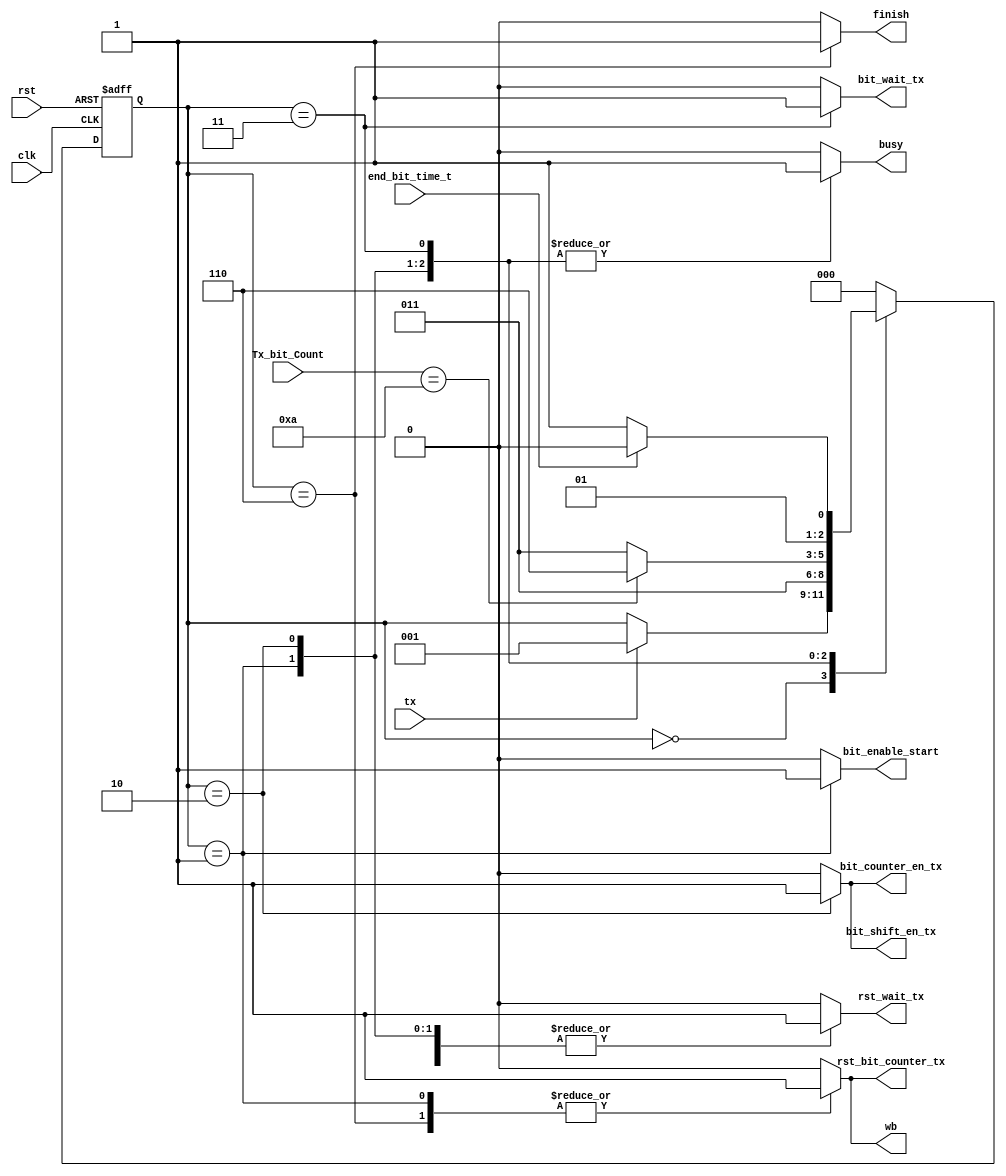
`timescale 1ns / 1ps
//////////////////////////////////////////////////////////////////////////////////
// Company: ITESO
// Finite State Machine to control a RS232 transmiter
////////////////////////////////////////////////////////////////////////////////////
module FSM_UART_tx(
    input tx,
    input clk,
    input rst,
    input end_bit_time_t, //Bit rate flag
    input [3:0] Tx_bit_Count, //Count to 9 for 8bits data and 1 parity bit
	 output reg bit_counter_en_tx, //enable for counter
	 output reg bit_enable_start, //enable to load data to register
	 output reg bit_shift_en_tx, //
	 output reg bit_wait_tx, //enable to bit rate.
    output reg rst_wait_tx, //rst for bit rate (idle TX line)
    output reg rst_bit_counter_tx, //rst for counter bits.
	 output reg wb,
	 output reg finish,
	 output reg busy
    );

//localparam to define every state 	in gray code 
localparam INI_T		= 3'b000;
localparam START_T		= 3'b001;
localparam WAIT_TX	= 3'b011;
localparam TX_BITS_T	= 3'b010;
localparam STOP_T			= 3'b110;


reg [2:0] Tx_state;

//procedural blocks to define the road for every state, TX_state is updated once the state is present.

always @(posedge rst, posedge clk)
	begin
		if (rst) 
			Tx_state<= INI_T;
		else 
		case (Tx_state)
				INI_T: 		if (tx)
								Tx_state <= START_T;
				START_T:		Tx_state <= WAIT_TX;
				TX_BITS_T:	if (Tx_bit_Count == 4'b1010)
								Tx_state <= STOP_T;
							else
								Tx_state <= WAIT_TX;
				WAIT_TX:	if (end_bit_time_t)	
								Tx_state <= TX_BITS_T;
							else
								Tx_state <= WAIT_TX;
				STOP_T:		Tx_state <= INI_T;
				default:		Tx_state <= INI_T;
		endcase
	end
// OUTPUT DEFINITION
//procedural blocks to define which variables are changing according with the present state, TX_state define that chenge.
always @(Tx_state)
	begin
				case(Tx_state)
				INI_T: 	
					begin
						bit_counter_en_tx = 1'b0;
						bit_enable_start = 1'b0;
						bit_shift_en_tx = 1'b0;
						bit_wait_tx = 1'b0;
						rst_wait_tx = 1'b0;
						rst_bit_counter_tx = 1'b0;
						wb = 1'b0;
		            busy = 1'b0;				
						finish = 1'b0;
					end
				START_T: 	
					begin
						bit_counter_en_tx = 1'b0;
						bit_enable_start = 1'b1;
						bit_shift_en_tx = 1'b0;
						bit_wait_tx = 1'b0;
						rst_wait_tx = 1'b1;
						rst_bit_counter_tx = 1'b1;	
						wb = 1'b1;	
		            busy = 1'b1;					
						finish = 1'b0;
					end
				TX_BITS_T: 	
					begin
						bit_counter_en_tx = 1'b1;
						bit_enable_start = 1'b0;
						bit_shift_en_tx = 1'b1;
						bit_wait_tx = 1'b0;
						rst_wait_tx = 1'b1;
						rst_bit_counter_tx = 1'b0;
						wb = 1'b0;		
		            busy = 1'b1;			
						finish = 1'b0;				
					end
				WAIT_TX:
					begin
						bit_counter_en_tx = 1'b0;
						bit_enable_start = 1'b0;
						bit_shift_en_tx = 1'b0;
						bit_wait_tx = 1'b1;
						rst_wait_tx = 1'b0;
						rst_bit_counter_tx = 1'b0;
						wb = 1'b0;		
		            busy = 1'b1;				
						finish = 1'b0;			
					end
				STOP_T: 	
					begin
						bit_counter_en_tx = 1'b0;
						bit_enable_start = 1'b0;
						bit_shift_en_tx = 1'b0;
						bit_wait_tx = 1'b0;
						rst_wait_tx = 1'b1;
						rst_bit_counter_tx = 1'b1;
						wb = 1'b1;		
		            busy = 1'b0;				
						finish = 1'b1;			
					end						
				default:
					begin
						bit_counter_en_tx = 1'b0;
						bit_enable_start = 1'b0;
						bit_shift_en_tx = 1'b0;
						bit_wait_tx = 1'b0;
						rst_wait_tx = 1'b0;
						rst_bit_counter_tx = 1'b0;
						wb = 1'b0;		
		            busy = 1'b0;				
						finish = 1'b0;			
					end
			endcase
	end
endmodule